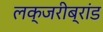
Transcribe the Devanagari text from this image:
लक्जरीब्रांड